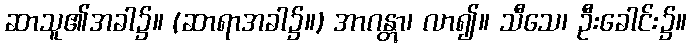
ဆာသူ၏အခါ၌။ (ဆာရာအခါ၌။) အာဂန္တွာ၊ လာ၍။ သီသေ၊ ဦးခေါင်း၌။